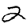
Digit: 2